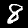
Digit: 8